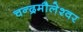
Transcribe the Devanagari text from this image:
चन्द्रमौलेश्वर